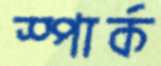
স্পার্ক